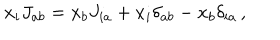
LaTeX: x _ { i } J _ { a b } = x _ { b } J _ { i a } + x _ { i } \delta _ { a b } - x _ { b } \delta _ { i a } \, ,